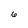
Character: 6